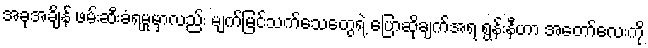
အခုအချိန် ဖမ်းဆီးခံရမှုမှာလည်း မျက်မြင်သက်သေတွေရဲ့ ပြောဆိုချက်အရ ရွန်းနီဟာ အတော်လေးကို